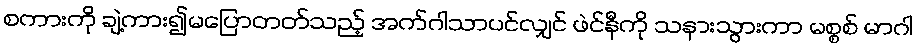
စကားကို ချဲ့ကား၍မပြောတတ်သည့် အက်ဂါသာပင်လျှင် ဖဲင်နီကို သနားသွားကာ မစ္စစ် မာဂါ